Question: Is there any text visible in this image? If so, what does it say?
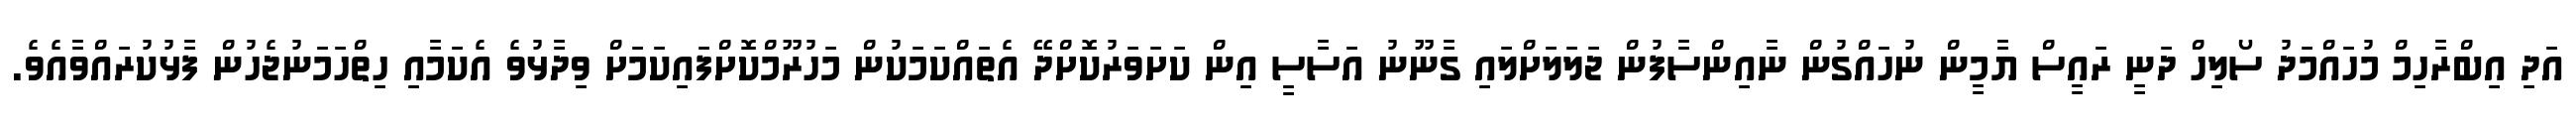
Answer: އަދި އިބްރާހިމް މުހައްމަދު ސޯލިހް ދަނީ ރައީސް ޔާމީން ނުހައްގުން ނާއިންސާފުން ޖަލަލަށްލައި ގާނޫނު އަސާސީ އިން ކަށަވަރުކޮށްދޭ އެތައްކަމަކުން މަހުރޫމްކޮށްފައިކަމަށް ވިދާޅުވެ އެކަމާއި ހިތްހަމަނުޖެހުން ފާޅުކުރައްވާއެވެ.